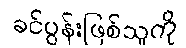
ခင်ပွန်းဖြစ်သူကို